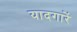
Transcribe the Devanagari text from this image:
यादगारें